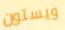
ويستون